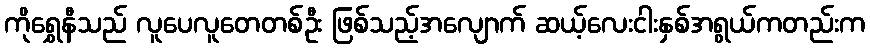
ကိုရွှေနီသည် လူပေလူတေတစ်ဦး ဖြစ်သည့်အလျောက် ဆယ့်လေးငါးနှစ်အရွယ်ကတည်းက